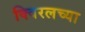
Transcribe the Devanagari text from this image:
क्विरलच्या